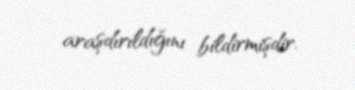
araşdırıldığını bildirmişdir.